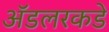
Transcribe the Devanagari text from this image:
ॲडलरकडे